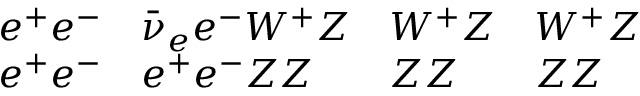
\begin{array} { l l l l } { { e ^ { + } e ^ { - } } } & { { \bar { \nu } _ { e } e ^ { - } W ^ { + } Z } } & { { W ^ { + } Z } } & { { W ^ { + } Z } } \\ { { e ^ { + } e ^ { - } } } & { { e ^ { + } e ^ { - } Z Z } } & { { Z Z } } & { { Z Z } } \end{array}